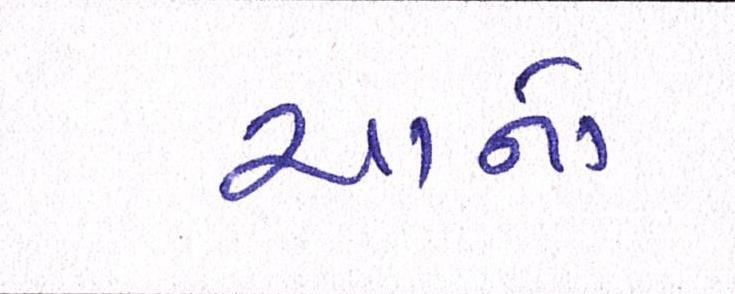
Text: ચાનો